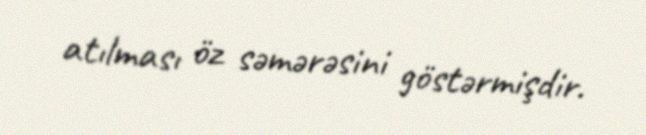
atılması öz səmərəsini göstərmişdir.